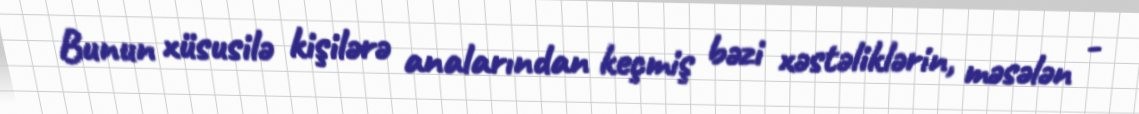
Bunun xüsusilə kişilərə analarından keçmiş bəzi xəstəliklərin, məsələn -